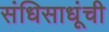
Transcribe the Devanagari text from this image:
संधिसाधूंची